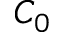
C _ { 0 }